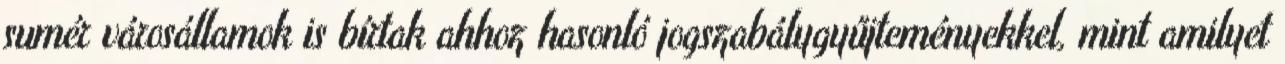
sumér városállamok is bírtak ahhoz hasonló jogszabálygyűjteményekkel, mint amilyet